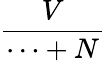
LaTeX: \frac{V}{\cdots+N}